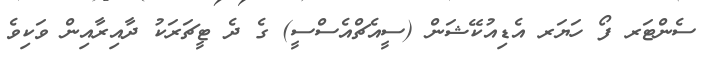
ސެންޓަރ ފޯ ހަޔަރ އެޑިއުކޭޝަން (ސީއެޗްއެސްސީ) ގެ ދެ ޓީޗަރަކު ދާއިރާއިން ވަކިވެ